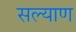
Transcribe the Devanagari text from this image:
सल्याण